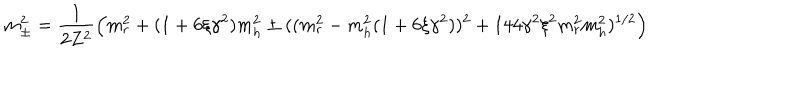
m _ { \pm } ^ { 2 } = \frac { 1 } { 2 Z ^ { 2 } } \left( m _ { r } ^ { 2 } + ( 1 + 6 \xi \gamma ^ { 2 } ) m _ { h } ^ { 2 } \pm ( ( m _ { r } ^ { 2 } - m _ { h } ^ { 2 } ( 1 + 6 \xi \gamma ^ { 2 } ) ) ^ { 2 } + 1 4 4 \gamma ^ { 2 } \xi ^ { 2 } m _ { r } ^ { 2 } m _ { h } ^ { 2 } ) ^ { 1 / 2 } \right)